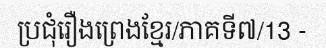
ប្រជុំរឿងព្រេងខ្មែរ/ភាគទី៧/13 -